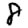
Digit: 8